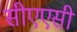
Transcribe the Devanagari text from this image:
सीएएसी